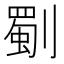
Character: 劅